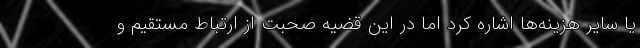
یا سایر هزینه‌ها اشاره کرد اما در این قضیه صحبت از ارتباط مستقیم و